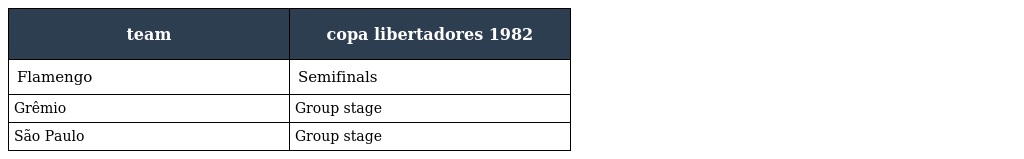
| team | copa libertadores 1982 |
 | --- | --- |
 | Flamengo | Semifinals |
 | Grêmio | Group stage |
 | São Paulo | Group stage |